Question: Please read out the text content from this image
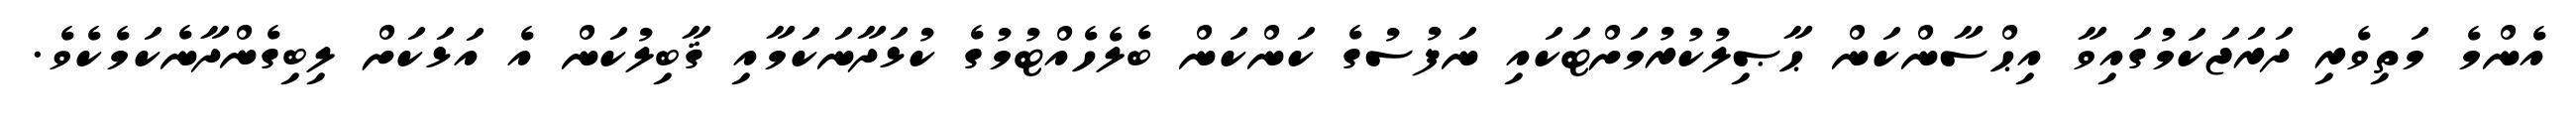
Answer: އެންމެ މަތިވެރި ދަރަޖަކަމުގައިވާ އިޙްސާންކަން ޙާޞިލުކުރުމަށްޓަކައި ނަފުސުގެ ކަންކަން ބެލެހެއްޓުމުގެ ކުޅަދާނަކަމާއި ޤާބިލުކަން އެ އަޅަކަށް ލިބިގެންދާނެކަމެކެވެ.